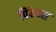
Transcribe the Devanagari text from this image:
पिकेन्स